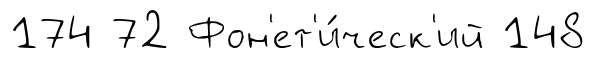
174 72 Фон'ет'и́ческ'ий 148